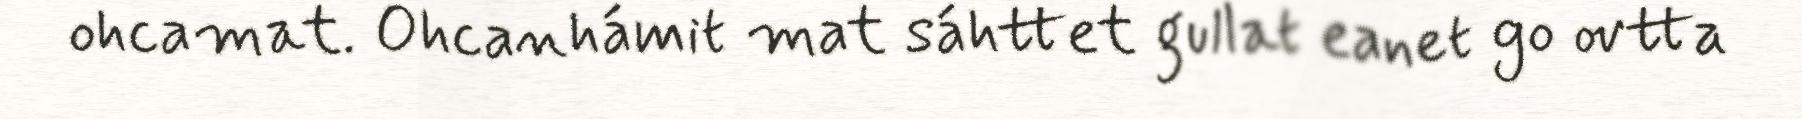
ohcamat. Ohcanhámit mat sáhttet gullat eanet go ovtta